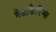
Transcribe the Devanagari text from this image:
नेसाफैरिंग्स